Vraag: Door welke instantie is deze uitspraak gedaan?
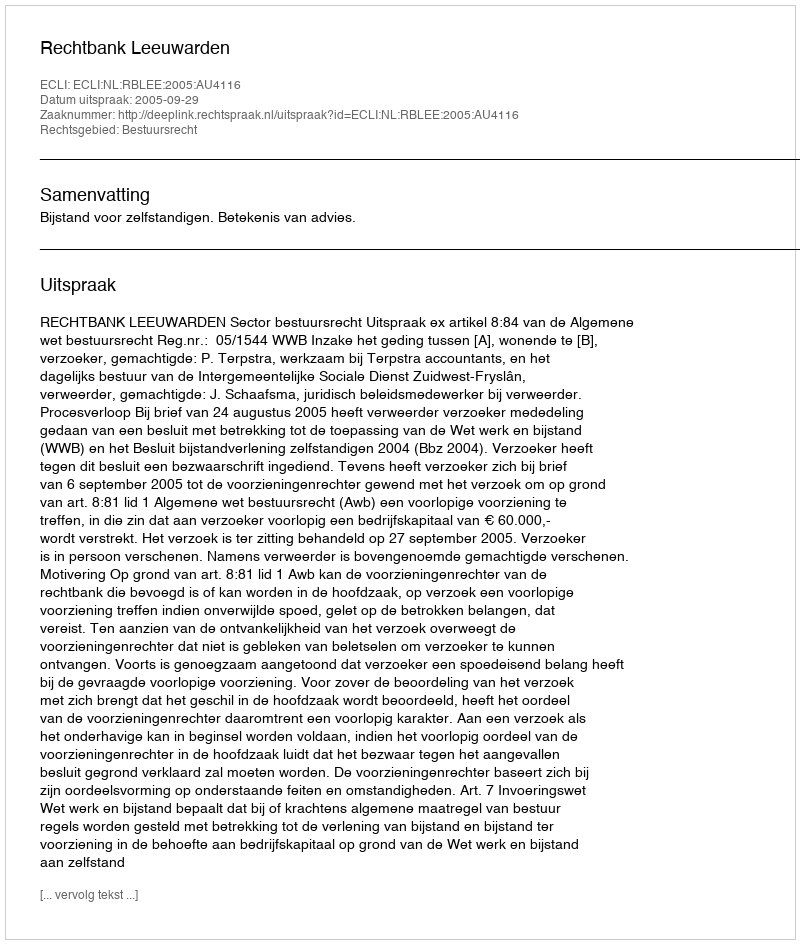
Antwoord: Rechtbank Leeuwarden